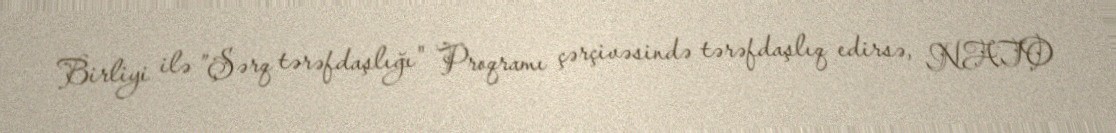
Birliyi ilə ”Şərq tərəfdaşlığı" Proqramı çərçivəsində tərəfdaşlıq edirsə, NATO